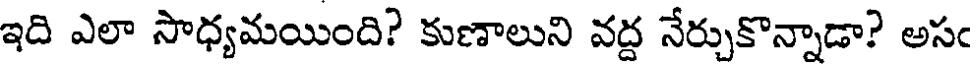
ఇది ఎలా సాధ్యమయింది? కుణాలుని వద్ద నేర్చుకొన్నాడా? అసం